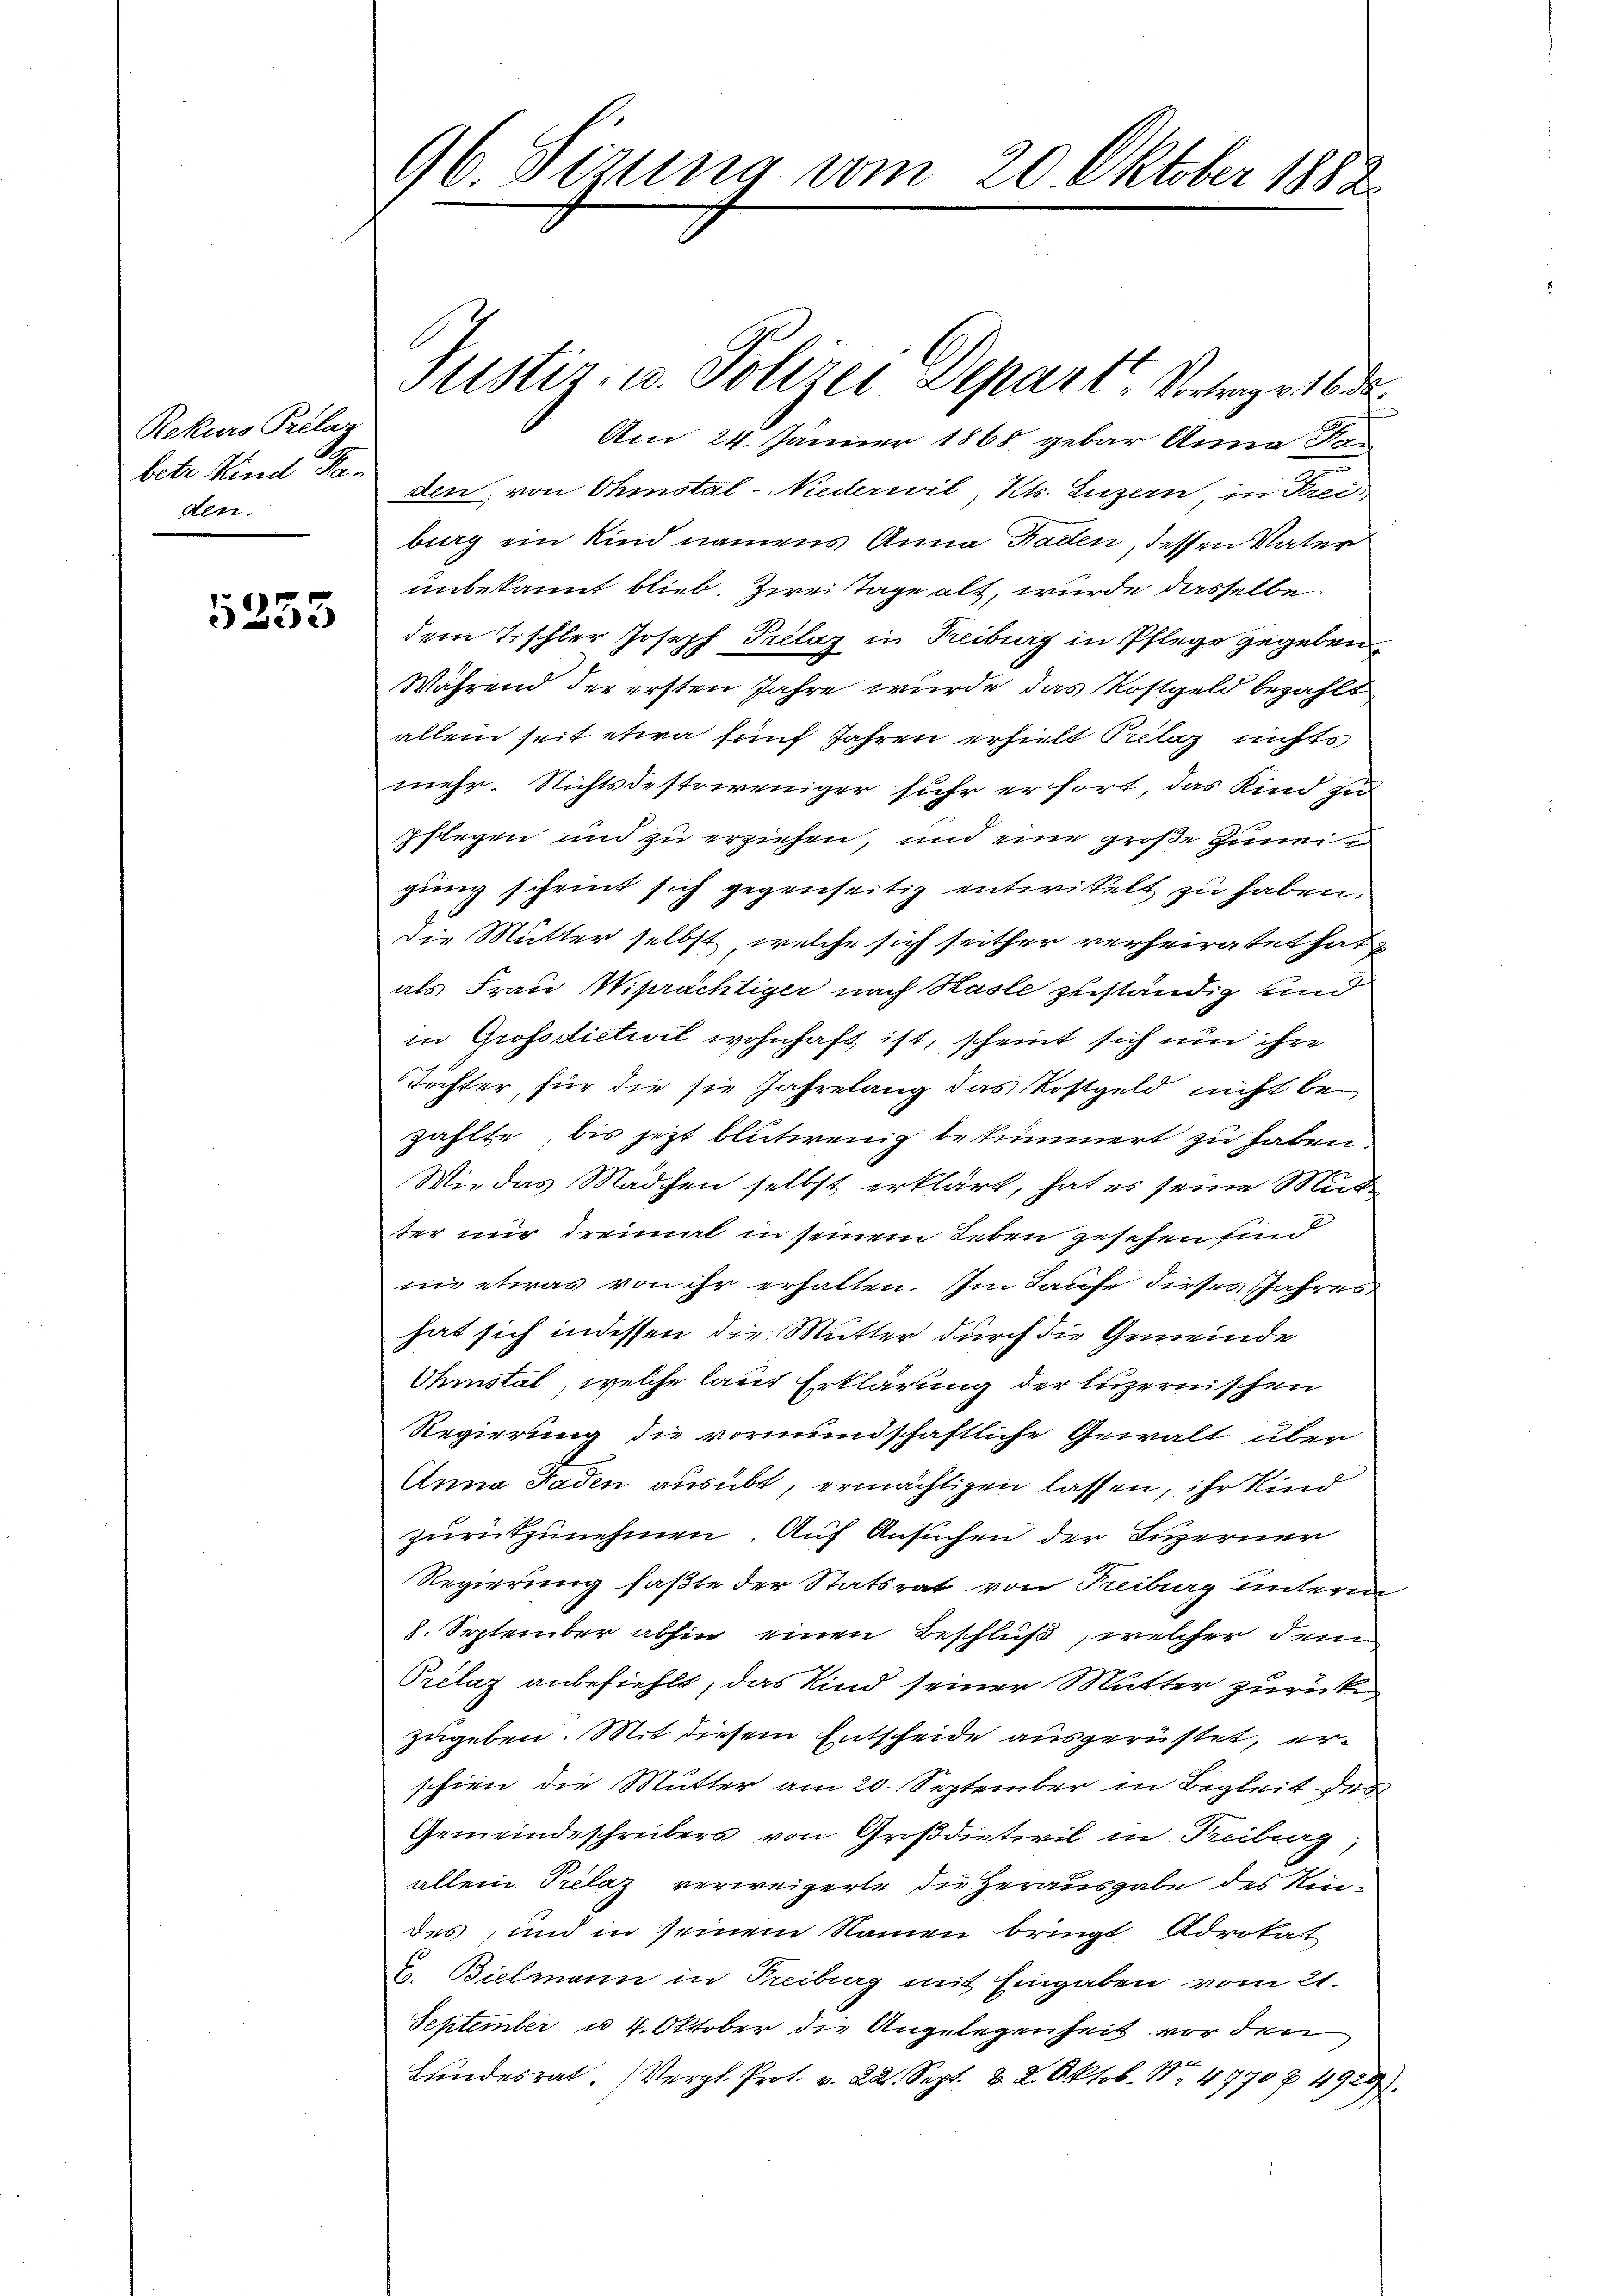
Rekurs Prélar
betr. Kind Fa-
den.

5253

96. Sizung vom 20. Oktober 1882

Justiz- u. Polizei Depart Vortrage 16 de
Am 24. Jänner 1868 gebar Anna Rau
den, von Ohmstal-Niederwil, Kt. Luzern, in Frei
burg ein Kind namens Anna Faden, dessen Vater
unbekannt blieb. Zwei Tage alt, wurde dasselbe
dem Tischler Joseph Prelaz in Freiburg in Pflege gegeben
Während der ersten Jahre wurde das Rostgeld bezahlt
allein seit etwa fünf Jahren erhielt Prelaz nichts,
mehr. Nichtsdestoweniger sehr er fort, das Kind zu
pflegen und zu erziehen, und eine große Zumi
gung scheint sich gegenseitig entwickelt zu haben.
die Mutter selbst, welche sich seither verheiratet hat
als Frau Wiprächtiger nach Hasle zuständig und
in Grossdictivil wohnhaft ist, scheint sich und ihre
Töchter, für die sie Jahrelang das Kostgeld nicht bezählte, bis jetzt bluterenig bekümmert zu haben.
Wie das Mädchen selbst erklärt, hat es seine Mut
ter nur dreimal in seinem Leben gesehen un
nie etwas von ihr erhalten. Im Laufe dieses Jahres
hat sich indessen die Mutter durch die Gemeinde
Ohmstal, welche laut Erklärung der Luzernischen
Regierung die vormundschaftliche Gewalt über
Anna Faden ausübt, ermächtigen lassen, ihr Kind
zurükzunehmen. Auf Ansuchen der Luzerner
Regierung faßte der Statsrat von Freiburg unterm
8. September abhin einen Beschluß, welcher dem
Prélaz anbefiehlt, das Kind seiner Mutter zurück
zugeben. Mit diesem Entscheide ausgerüstet, erschien die Mutter am 20. September in Begleit der
Gemeindeschreibers von Großdiativil in Freiburg
allein Prelaz verweigerte die Herausgabe des Kindes; und in seinem Namen bringt Advokat
G. Bielmann in Freiburg mit Eingaben vom 21.
September u. 4. Oktober die Angelegenheit vor den
Bundesrat. (Vergl. Prot. v. 22. Sept. & 2. Oktob. Nr. 4770 4929).